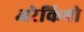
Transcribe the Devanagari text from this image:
अरेकिबो